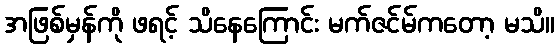
အဖြစ်မှန်ကို ဖရင့် သိနေကြောင်း မက်ဇင်မ်ကတော့ မသိ။